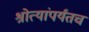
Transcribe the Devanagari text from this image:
श्रोत्यांपर्यंतच